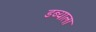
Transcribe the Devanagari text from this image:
डब्याला